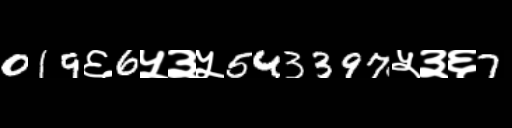
Text: 019६6५३५543397५३६7